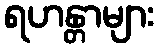
ရဟန္တာများ